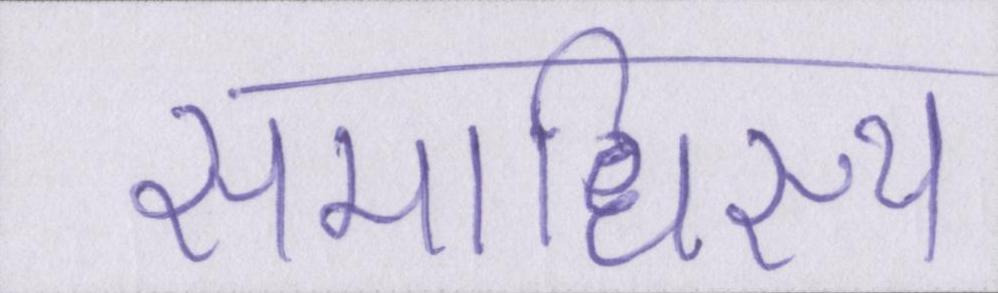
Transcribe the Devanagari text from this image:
समाधिस्थ